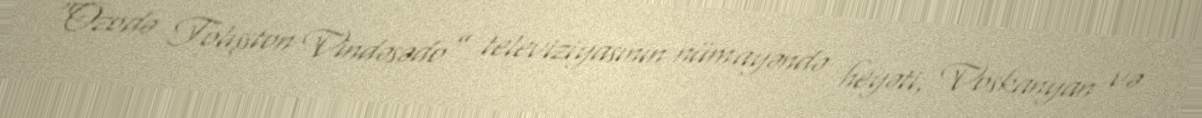
“Ozodə Tolışston Vindəsədo” televiziyasının nümayəndə heyəti, Voskanyan və